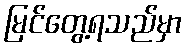
မြင်တွေ့ရသည်မှာ